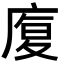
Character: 𭙦